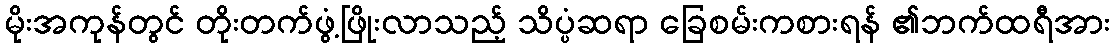
မိုးအကုန်တွင် တိုးတက်ဖွံ့ဖြိုးလာသည့် သိပ္ပံဆရာ ခြေစမ်းကစားရန် ၏ဘက်ထရီအား